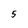
Character: 5